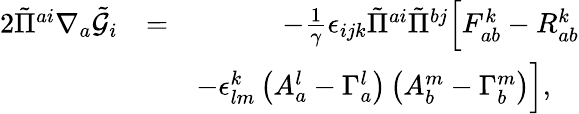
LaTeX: \begin{array}{rlr}{2\tilde{\Pi}^{ai}\nabla_{a}\tilde{\mathcal{G}}_{i}}&{=}&{-\frac{1}{\gamma}\epsilon_{ijk}\tilde{\Pi}^{ai}\tilde{\Pi}^{bj}\Big[F_{ab}^{k}-R_{ab}^{k}}\\ &{}&{-\epsilon^{k}_{lm}\left(A_{a}^{l}-\Gamma_{a}^{l}\right)\left(A_{b}^{m}-\Gamma_{b}^{m}\right)\Big],\quad}\end{array}